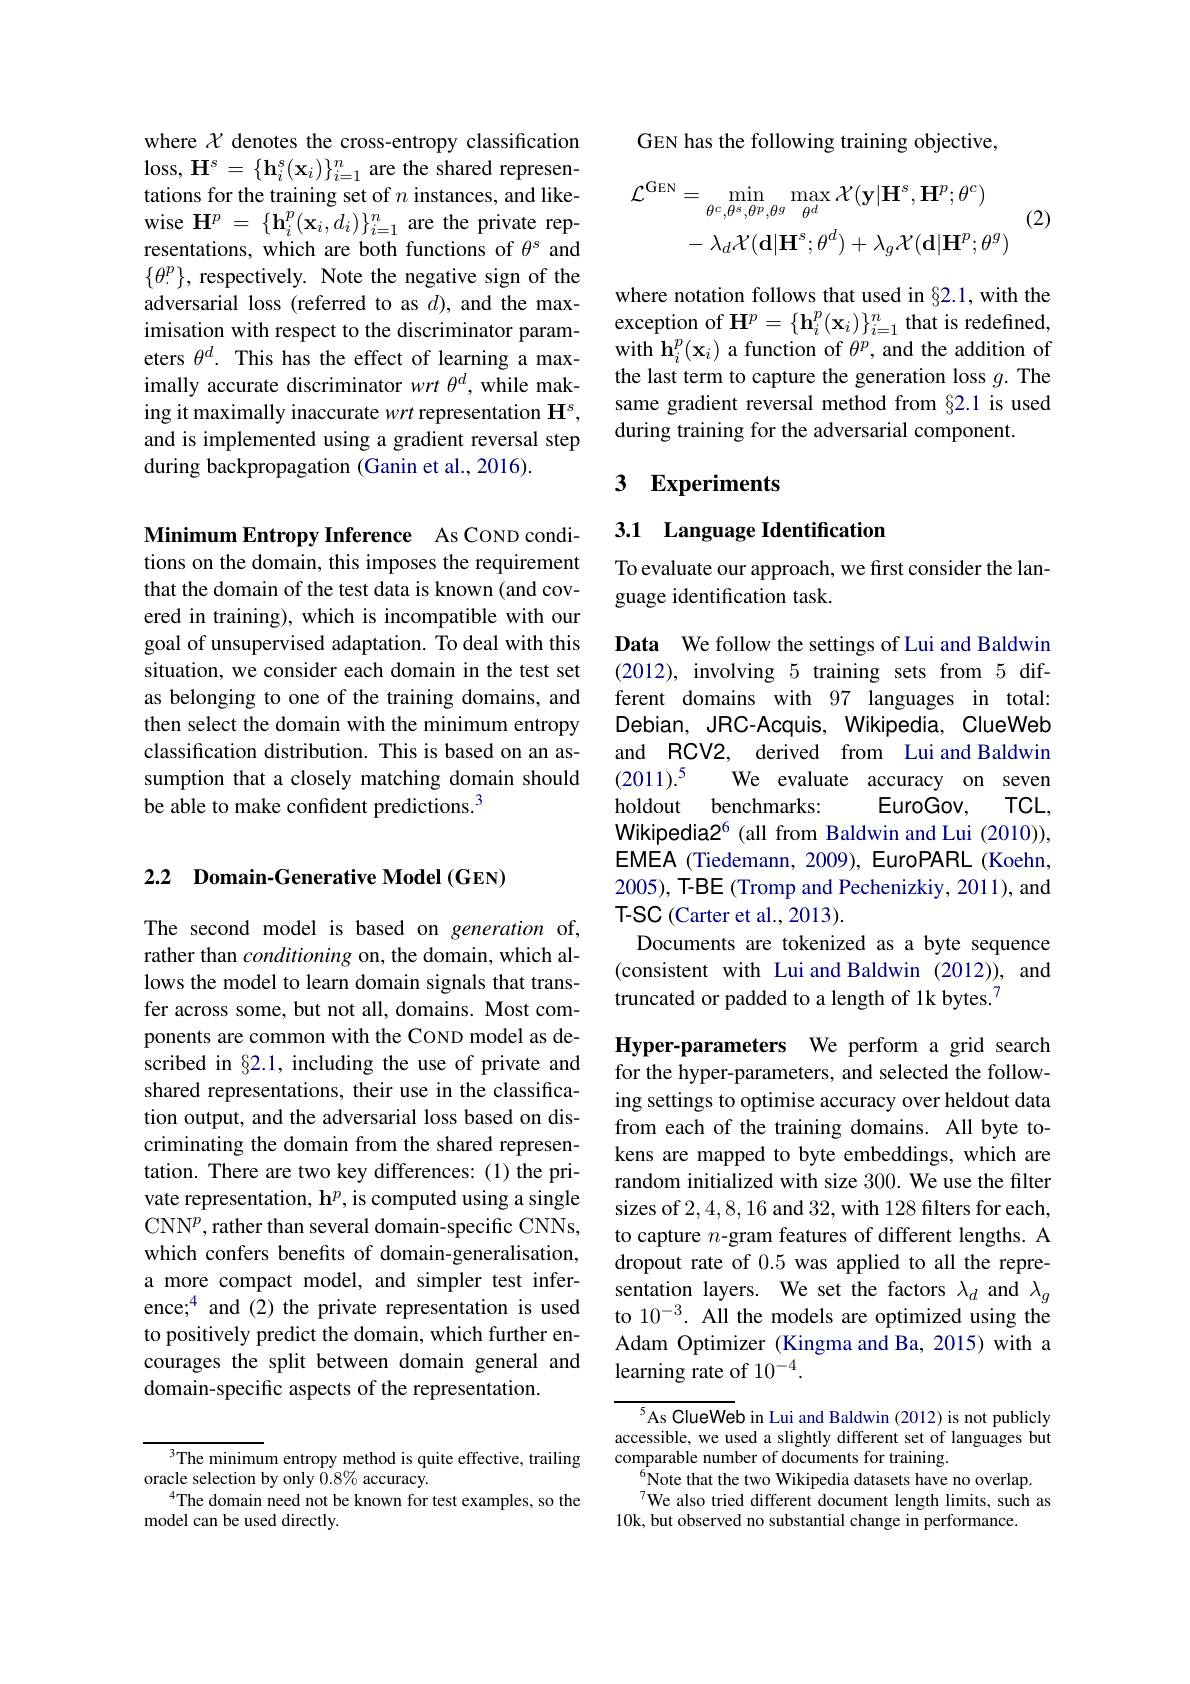
where $\chi$ denotes the cross-entropy classification loss, $H^{s}$= $\{ h_{i}^{s}$( $\mathbf{x} _{i}$) $\} _{i= 1}^{n}$ are the shared represen- tations for the training set of $n$ instances, and likewise $\mathbf{H} ^p$ = $\{ \mathbf{h} _{i}^{p}( \mathbf{x} _{i}, d_{i}) \} _{i= 1}^{n}$ are the private representations, which are both functions of $\theta^\mathrm{s}$ and $\{\theta_.^p\}$, respectively. Note the negative sign of the adversarial loss (referred to as $d)$, and the maximisation with respect to the discriminator parameters $\theta^d.$ This has the effect of learning a maximally accurate discriminator $wrt\theta^d$, while making it maximally inaccurate wrt representation $\mathbf{H}^s$, and is implemented using a gradient reversal step during backpropagation (Ganin et al., 2016).

Minimum Entropy Inference As COND conditions on the domain, this imposes the requirement that the domain of the test data is known (and covered in training), which is incompatible with our goal of unsupervised adaptation. To deal with this situation, we consider each domain in the test set as belonging to one of the training domains, and then select the domain with the minimum entropy classification distribution. This is based on assumption that a closely matching domain should be able to make confident predictions.$^3$

### 2.2 Domain-Generative Model (GEN)

The second model is based on generation of, rather than conditioning on, the domain, which allows the model to learn domain signals that transfer across some, but not all, domains. Most components are common with the COND model as described in §2.1, including the use of private and shared representations, their use in the classification output, and the adversarial loss based on discriminating the domain from the shared representation. There are two key differences: (1) the private representation, $\mathbf{h}^p$, is computed using a single CNN$^p$,rather than several domain-specific CNNs, which confers benefits of domain-generalisation, a more compact model, and simpler test inference;$^4$ and (2) the private representation is used to positively predict the domain, which further encourages the split between domain general and domain-specific aspects of the representation.

$^3$The minimum entropy method is quite effective, trailing
oracle selection by only $0.8\%$ accuracy.
$^{4}$The domain need not be known for test examples, so the
model can be used directly.

GEN has the following training objective,

(2)
$$\begin{aligned}\mathcal{L}^{\mathrm{GEN}}&=\operatorname*{min}_{\theta^{c},\theta^{s},\theta^{p},\theta^{g}}\operatorname*{max}_{\theta^{d}}\mathcal{X}(\mathbf{y}|\mathbf{H}^{s},\mathbf{H}^{p};\theta^{c})\\&-\lambda_{d}\mathcal{X}(\mathbf{d}|\mathbf{H}^{s};\theta^{d})+\lambda_{g}\mathcal{X}(\mathbf{d}|\mathbf{H}^{p};\theta^{g})\end{aligned}$$
where notation follows that used in §2.1, with the exception of $\mathbf{H}^p=\{\mathbf{h}_i^p(\mathbf{x}_i)\}_{i=1}^n$ that is redefined, with $\mathbf{h}_i^p(\mathbf{x}_i)$ a function of $\theta^p$, and the addition of the last term to capture the generation loss $g.$ The same gradient reversal method from §2.1 is used during training for the adversarial component.

# 3 Experiments

3.1 Language Identification

To evaluate our approach, we first consider the lan-
guage identification task.

Data We follow the settings of Lui and Baldwin (2012), involving 5 training sets from 5 different domains with 97 languages in total: Debian, JRC-Acquis, Wikipedia, ClueWeb and RCV2, derived from Lui and Baldwin $(2011).^5$
We evaluate accuracy on seven
EuroGov,
$TCL$,
holdout benchmarks:
Wikipedia2$^{6}$ (all from Baldwin and Lui (2010)), EMEA (Tiedemann, 2009), EuroPARL (Koehn, 2005), T-BE (Tromp and Pechenizkiy, 2011), and T-SC (Carter et al., 2013).
Documents are tokenized as a byte sequence (consistent with Lui and Baldwin (2012)), and truncated or padded to a length of 1k bytes.$^{7}$

Hyper-parameters We perform a grid search for the hyper-parameters, and selected the following settings to optimise accuracy over heldout data from each of the training domains. All byte tokens are mapped to byte embeddings, which are random initialized with size 300. We use the filter sizes of 2,4,8,16 and 32,with 128 filters for each, to capture $n$-gram features of different lengths. A dropout rate of 0.5 was applied to all the representation layers. We set the factors $\lambda_d$ and $\lambda_g$ to 10$^{-3}.$ All the models are optimized using the Adam Optimizer (Kingma and Ba, 2015) with a learning rate of 10$^{-4}.$

$^{5}$As ClueWeb in Lui and Baldwin (2012) is not publicly accessible, we used a slightly different set of languages but comparable number of documents for training.
Note that the two Wikipedia datasets have no overlap. We also tried different document length limits, such as
10k, but observed no substantial change in performance.